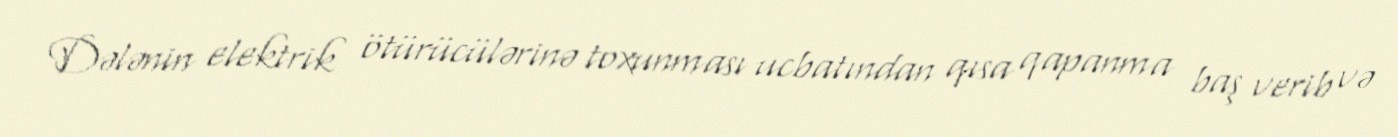
Dələnin elektrik ötürücülərinə toxunması ucbatından qısa qapanma baş verib və